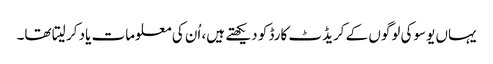
یہاں یوسوکی لوگوں کے کریڈٹ کارڈ کو دیکھتے ہیں، اُن کی معلومات یاد کر لیتا تھا۔